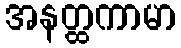
အနတ္ထကာမာ